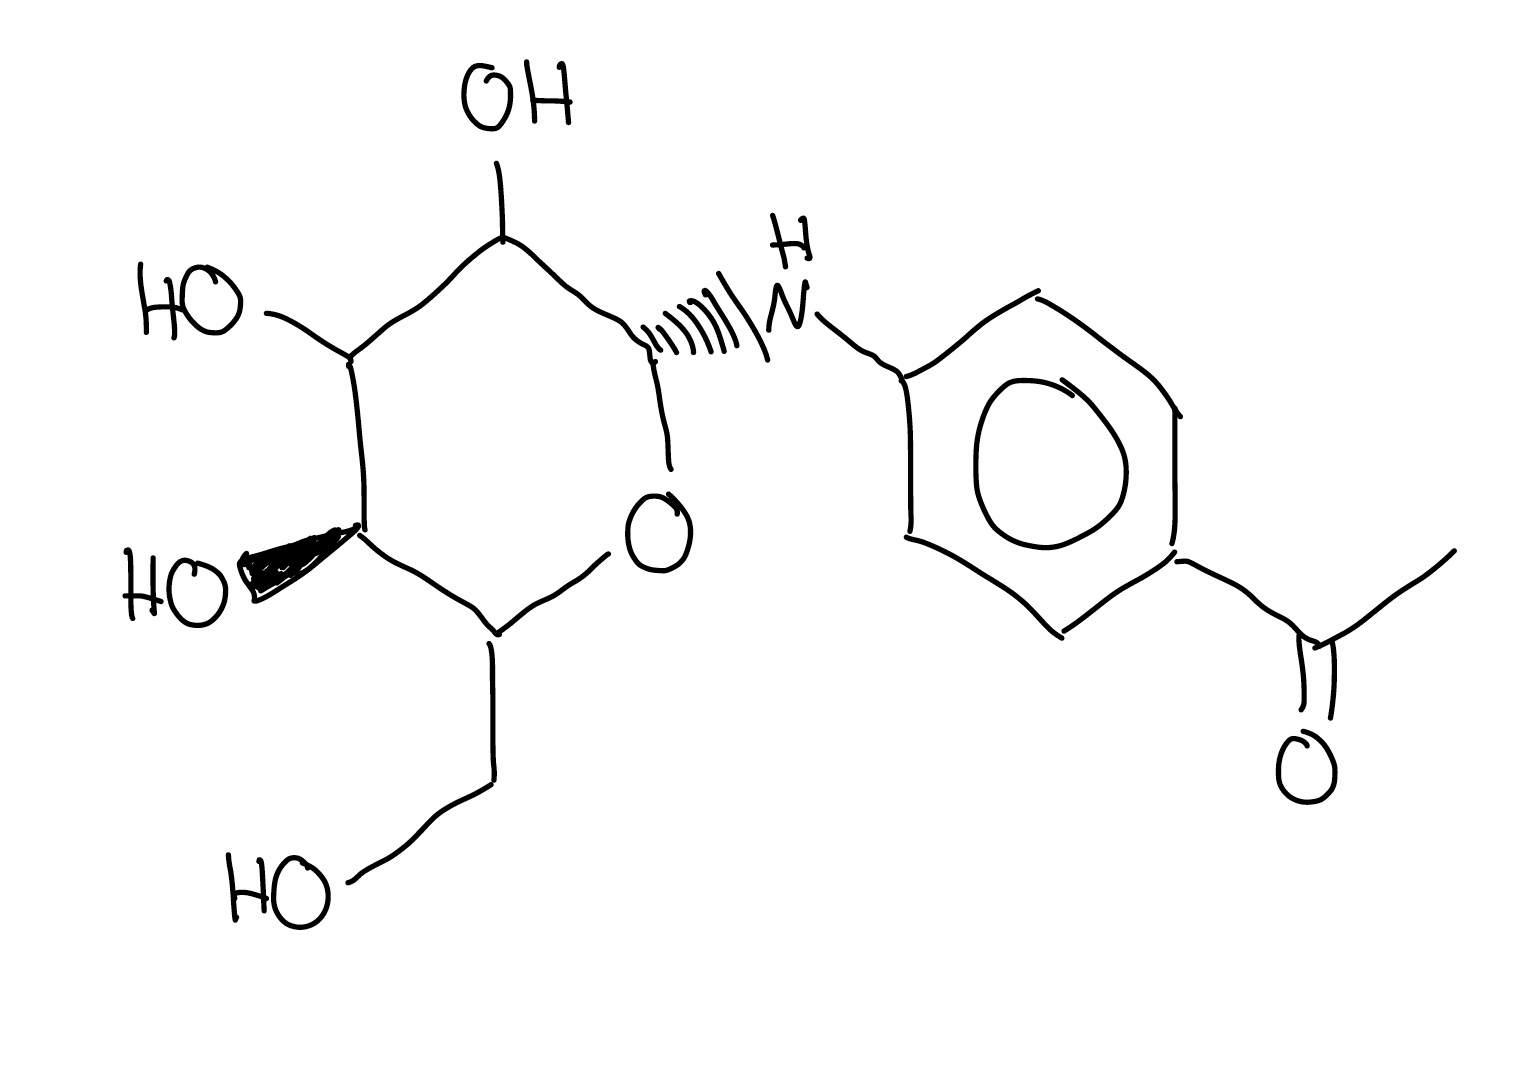
Simplified molecular-input line-entry system (SMILES) notation of the given molecule:
CC(=O)C1=CC=C(C=C1)N[C@H]2C(C([C@@H](C(O2)CO)O)O)O